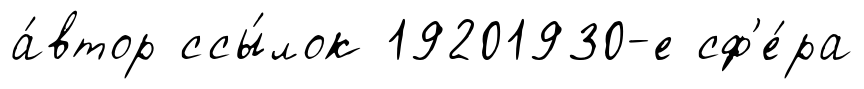
а́втор ссы́лок 19201930-е сф'е́ра